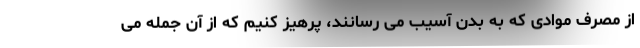
از مصرف موادی که به بدن آسیب می رسانند، پرهیز کنیم که از آن جمله می